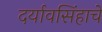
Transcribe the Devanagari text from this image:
दर्यावसिंहाचे